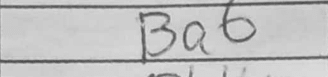
Transcription: Ba6